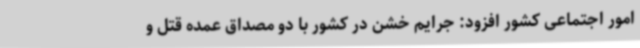
امور اجتماعی کشور افزود: جرایم خشن در کشور با دو مصداق عمده قتل و